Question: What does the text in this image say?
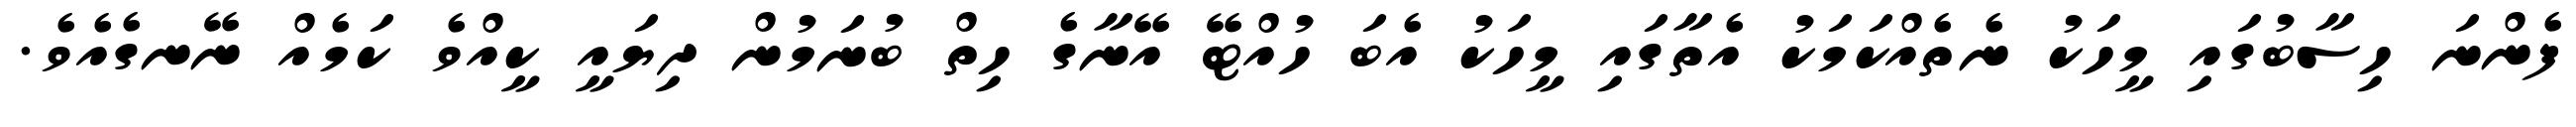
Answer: ފެންނަ ހިސާބުގައި މީހަކު ނެތެއްކަމަކު އެތާގައި މީހަކު އެބަ ހުއްޓޭ އޭނާގެ ހިތް ބުނަމުން ދިޔައީ ކީއްވެ ކަމެއް ނޭނގެއެވެ.